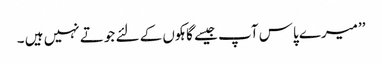
’’میرے پاس آپ جیسے گاہکوں کے لئے جوتے نہیں ہیں ۔